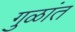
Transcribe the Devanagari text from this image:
गुळांत